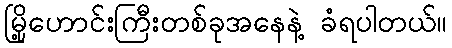
မြို့ဟောင်းကြီးတစ်ခုအနေနဲ့ ခံရပါတယ်။